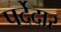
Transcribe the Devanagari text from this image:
पर्देदार